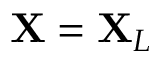
\mathbf { X } = \mathbf { X } _ { L }